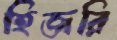
হিজরি